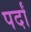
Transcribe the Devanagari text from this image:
पर्दां